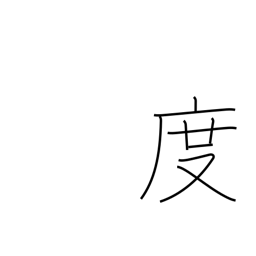
Meaning: degrees